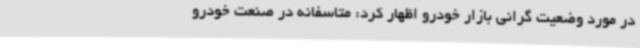
در مورد وضعیت گرانی بازار خودرو اظهار کرد: متاسفانه در صنعت خودرو